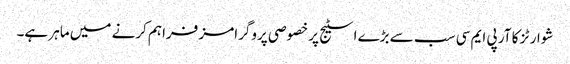
شوارٹز کا آر پی ایم سی سب سے بڑے اسٹیج پر خصوصی پروگرامز فراہم کرنے میں ماہر ہے۔